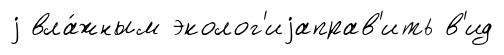
j вла́жным эколог'иjаправ'ить в'ид